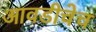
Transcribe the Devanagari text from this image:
आवडीचेच